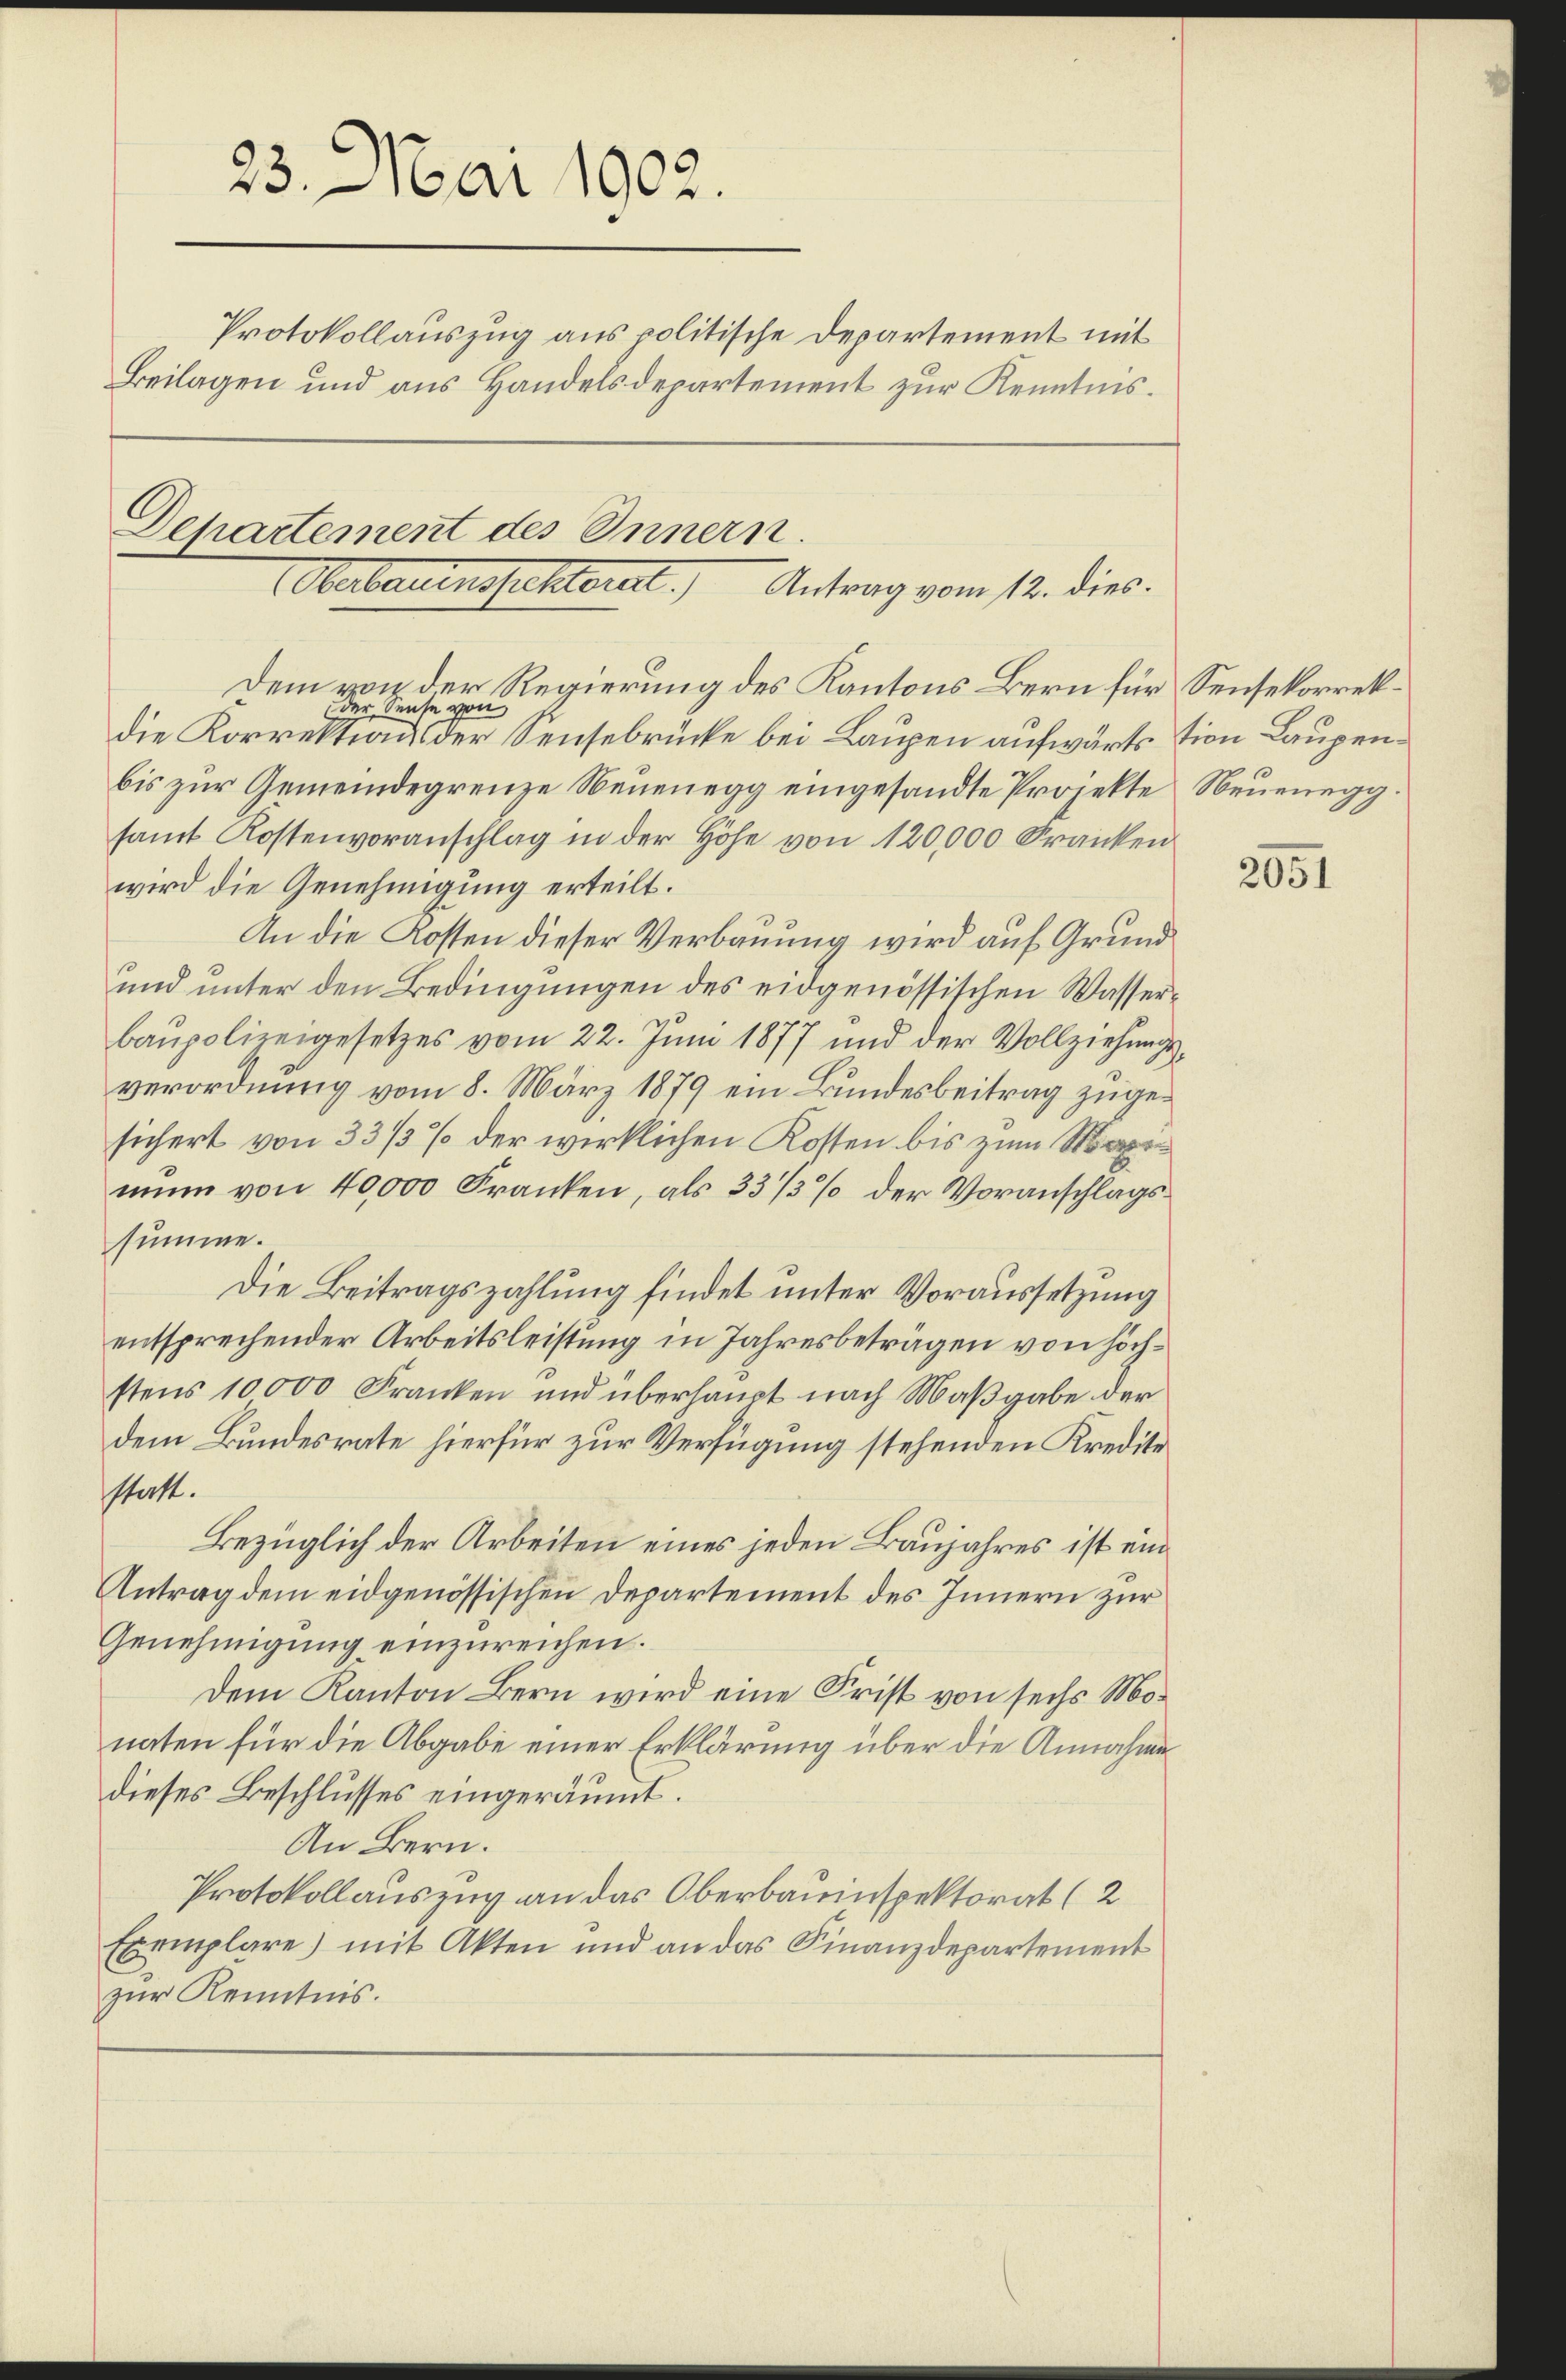
23. Mai 1902.
Protokollauszug aus politische Departement mit
Beilagen und aus Handelsdepartement zur Kenntnis.

Departement des Innern.
Aebauenspetteral. Antrag vom 12. dies

Dem von der Regierung des Kantons Bern für Sensekorrekder Sente von
die Korrektion der Sensebrücke bei Laupen aufwärts tion Laupenbis zur Gemeindegrenze Neuenegg eingesandte Projekte Neuenegg
samt Kostenvoranschlag in der Höhe von 120,000 Franken
wird die Genehmigung erteilt.
An die Kosten dieser Verbauung wird auf Grund
und unter den Bedingungen des eidgenössischen Wasserbaupolizeigesetzes vom 22. Juni 1877 und der Vollziehungsverordnung vom 8. März 1879 ein Bundesbeitrag zugesichert von 33/3 % der wirklichen Kosten bis zum Mamun von 40,000 Franken, als 33/3% der Voranschlagssumme.
Die Beitragszahlung findet unter Voraussetzung
entsprechender Arbeitsleistung in Jahresbeträgen von höchstens 10000 Franken und überhaupt nach Maßgabe der
dem Bundesrate hierfür zur Verfügung stehenden Kredite
sstatt.
Bezüglich der Arbeiten eines jeden Baujahres ist ein
Antrag dem eidgenössischen Departement des Innern zur
Genehmigung einzureichen.
Dem Kanton Bern wird eine Frist von sechs Monaten für die Abgabe einer Erklärung über die Annahmedieses Beschlusses eingeräumt.
An Bern.
Protokollauszug an das Oberbauinspektorat (2
Exemplare) mit Akten und an das Finanzdepartement
zur Kenntnis.

2051